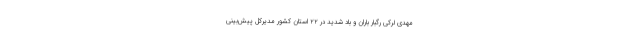
مهدی لرکی رگبار باران و باد شدید در ۲۲ استان کشور مدیرکل پیش‌بینی